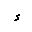
Letter: _hamza